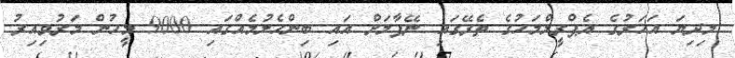
މިދިޔަ އަހަރުގެ އެޕްރީލްމަހުގެ ތެރޭގައި ނޭޕާލަށް އައި ބިންހެލުމެއްގައި 9000 މީހުން މަރުވިއިރު